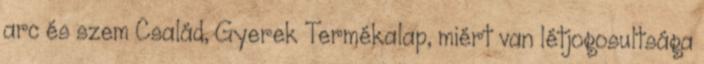
arc és szem Család, Gyerek Termékalap, miért van létjogosultsága